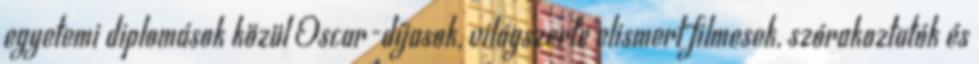
egyetemi diplomások közül Oscar-díjasok, világszerte elismert filmesek, szórakoztatók és